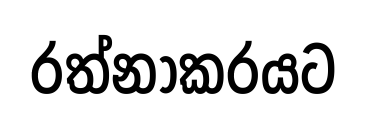
රත්නාකරයට